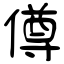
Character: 僔